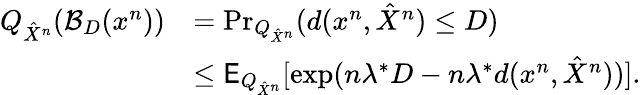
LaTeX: \begin{array}{rl}{Q_{\hat{X}^{n}}(\mathcal{B}_{D}(x^{n}))}&{=\operatorname*{Pr}_{Q_{\hat{X}^{n}}}(d(x^{n},\hat{X}^{n})\leq D)}\\ &{\leq\mathsf{E}_{Q_{\hat{X}^{n}}}[\exp(n\lambda^{*}D-n\lambda^{*}d(x^{n},\hat{X}^{n}))].}\end{array}